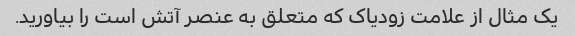
یک مثال از علامت زودیاک که متعلق به عنصر آتش است را بیاورید.